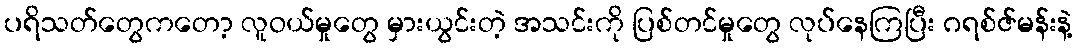
ပရိသတ်တွေကတော့ လူဝယ်မှုတွေ မှားယွင်းတဲ့ အသင်းကို ပြစ်တင်မှုတွေ လုပ်နေကြပြီး ဂရစ်ဇ်မန်းနဲ့